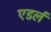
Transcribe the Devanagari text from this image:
एडर्ल